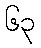
၆၃